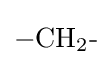
{{-}\mathrm {CH} {\vphantom {A}}_{\smash[{t}]{2}}{\text{-}}}